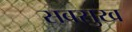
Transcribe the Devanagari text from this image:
सबसुख